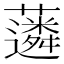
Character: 𧁽